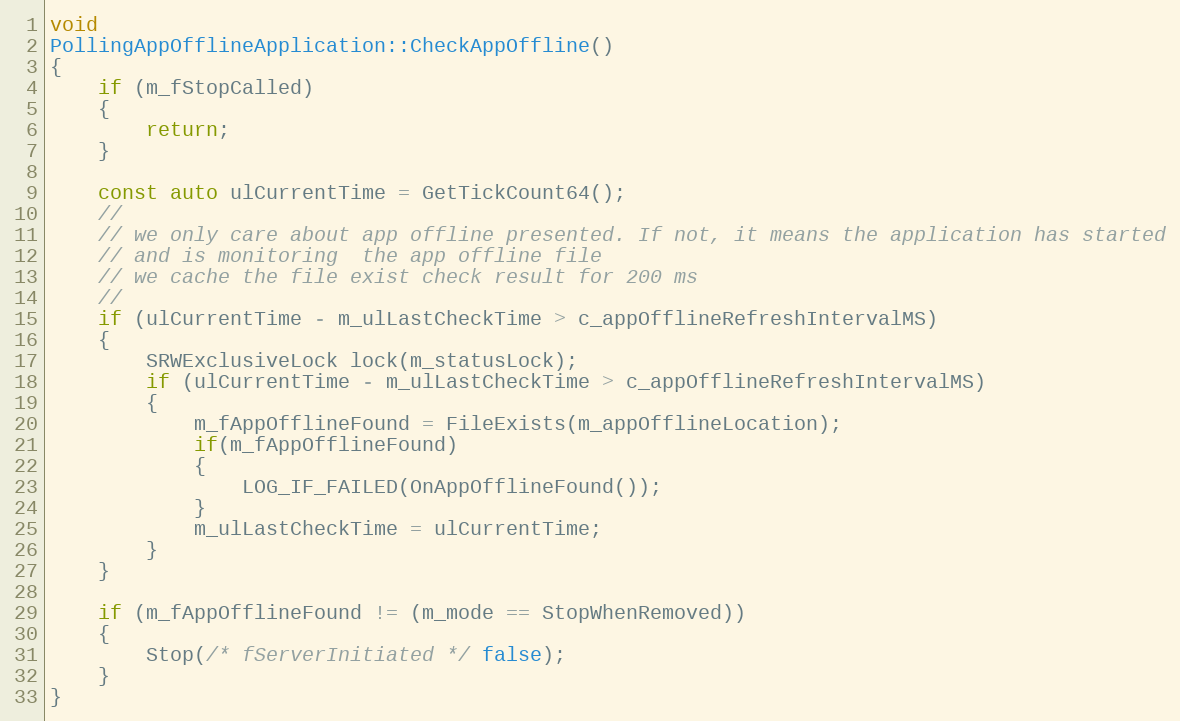
Language: C++
void
PollingAppOfflineApplication::CheckAppOffline()
{
    if (m_fStopCalled)
    {
        return;
    }

    const auto ulCurrentTime = GetTickCount64();
    //
    // we only care about app offline presented. If not, it means the application has started
    // and is monitoring  the app offline file
    // we cache the file exist check result for 200 ms
    //
    if (ulCurrentTime - m_ulLastCheckTime > c_appOfflineRefreshIntervalMS)
    {
        SRWExclusiveLock lock(m_statusLock);
        if (ulCurrentTime - m_ulLastCheckTime > c_appOfflineRefreshIntervalMS)
        {
            m_fAppOfflineFound = FileExists(m_appOfflineLocation);
            if(m_fAppOfflineFound)
            {
                LOG_IF_FAILED(OnAppOfflineFound());
            }
            m_ulLastCheckTime = ulCurrentTime;
        }
    }

    if (m_fAppOfflineFound != (m_mode == StopWhenRemoved))
    {
        Stop(/* fServerInitiated */ false);
    }
}